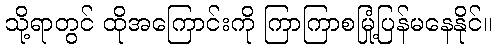
သို့ရာတွင် ထိုအကြောင်းကို ကြာကြာစမြုံ့ပြန်မနေနိုင်။